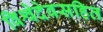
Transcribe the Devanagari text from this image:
विश्वेदेवसहित